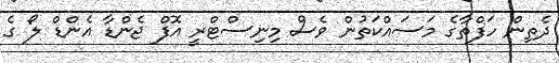
ދެތިން ހަފްތާގެ މަސައްކަތުން ވެސް މިނިސްޓްރީ އޮފް ޖެންޑާ އެންޑް ލޯ ގެ